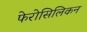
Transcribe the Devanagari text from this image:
फेरोसिलिकन